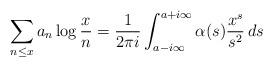
LaTeX: \begin{align*}\sum_{n\le x}a_n\log\frac xn = \frac1{2\pi i}\int_{a-i\infty}^{a+i\infty} \alpha(s)\frac{x^s}{s^2}\,ds\end{align*}